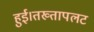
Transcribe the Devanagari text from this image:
हुई।तख्तापलट